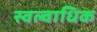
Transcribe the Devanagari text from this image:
स्वल्वाधिक